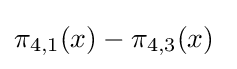
\pi _{4,1}(x)-\pi _{4,3}(x)~